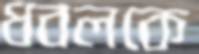
ধবলকে